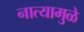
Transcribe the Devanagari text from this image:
नात्यामुळे